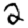
Digit: 2